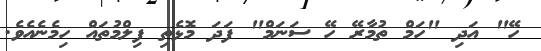
ހޭ" އަދި "ހަމް ތުމާރޭ ހޭ ސަނަމް" ފަދަ މޮޅެތި ފިލްމުތައް ހިމެނެއެވެ.